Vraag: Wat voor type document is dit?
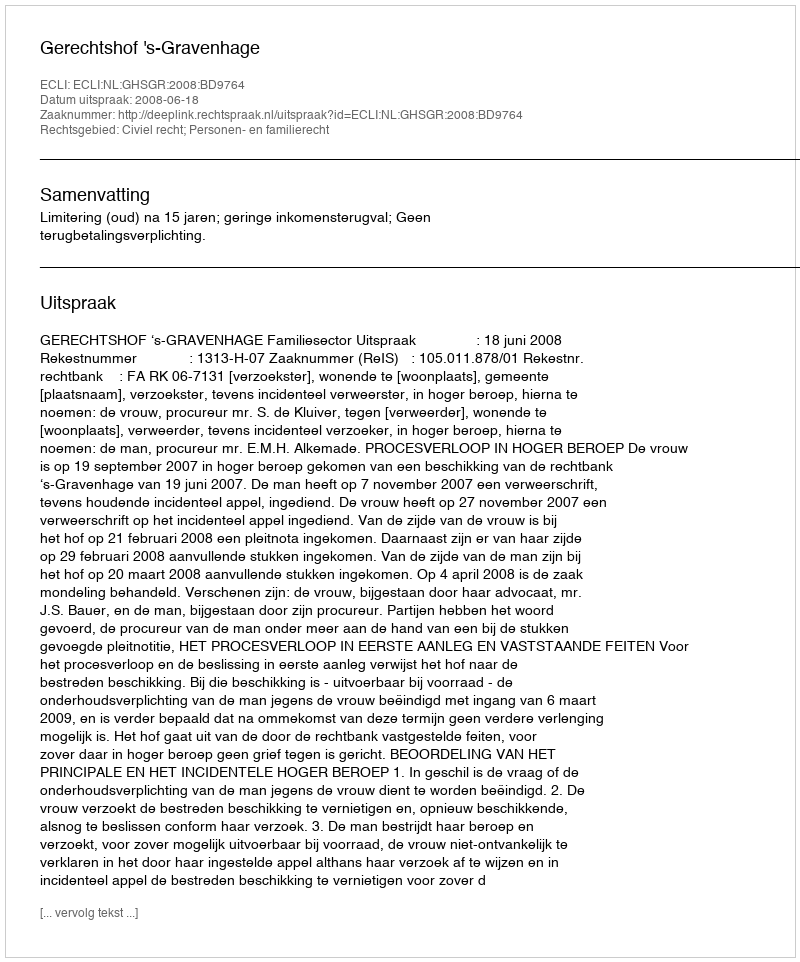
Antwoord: Uitspraak